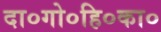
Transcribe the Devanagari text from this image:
दा०गो०हि०का०